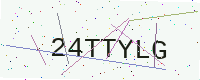
Text: 24TTYLG